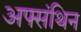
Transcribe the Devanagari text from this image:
अफ्संथिन